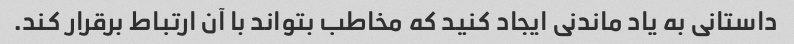
داستانی به یاد ماندنی ایجاد کنید که مخاطب بتواند با آن ارتباط برقرار کند.